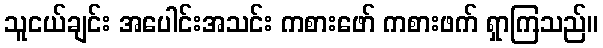
သူငယ်ချင်း အပေါင်းအသင်း ကစားဖော် ကစားဖက် ရှာကြသည်။